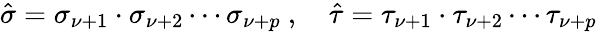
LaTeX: \hat{\sigma}=\sigma_{\nu+1}\cdot\sigma_{\nu+2}\cdots\sigma_{\nu+p}\ ,\quad\hat{\tau}=\tau_{\nu+1}\cdot\tau_{\nu+2}\cdots\tau_{\nu+p}